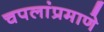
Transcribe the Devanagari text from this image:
चपलांप्रमाणे